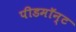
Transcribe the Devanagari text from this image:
पीडमॉन्ट